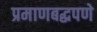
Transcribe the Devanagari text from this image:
प्रमाणबद्धपणे